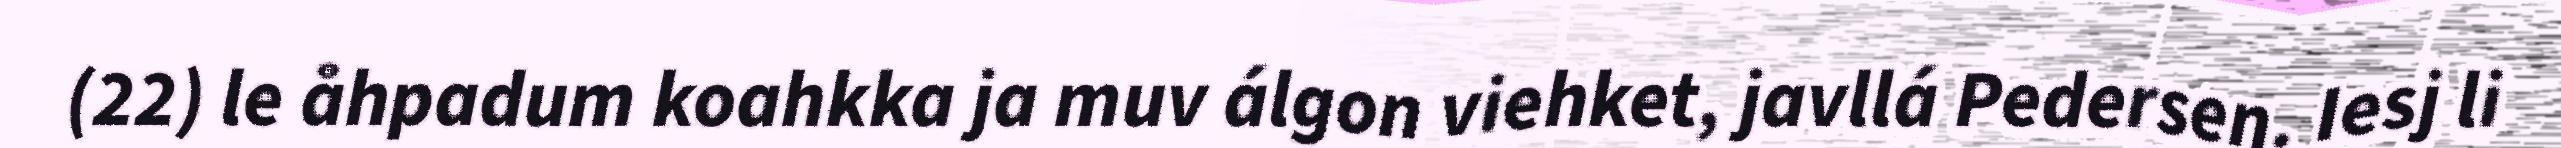
(22) le åhpadum koahkka ja muv álgon viehket, javllá Pedersen. Iesj li